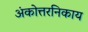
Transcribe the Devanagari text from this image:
अंकोत्तरनिकाय